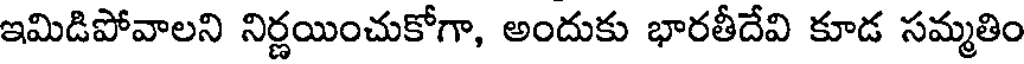
ఇమిడిపోవాలని నిర్ణయించుకోగా, అందుకు భారతీదేవి కూడ సమ్మతిం